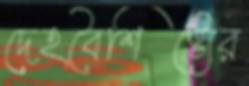
দেহবৈশিষ্ট্যের